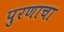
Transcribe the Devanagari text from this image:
पुरणाचा